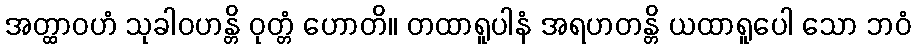
အတ္ထာဝဟံ သုခါဝဟန္တိ ဝုတ္တံ ဟောတိ။ တထာရူပါနံ အရဟတန္တိ ယထာရူပေါ သော ဘဝံ